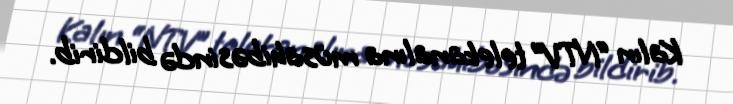
Kalın “NTV” telekanalına müsahibəsində bildirib.